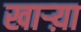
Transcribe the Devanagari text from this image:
खाऱ्य़ा